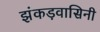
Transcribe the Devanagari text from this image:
झंकड़वासिनी